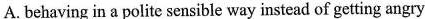
A. behaving in a polite sensible way instead of getting angry